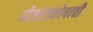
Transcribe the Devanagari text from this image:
बीजांडकोषाची